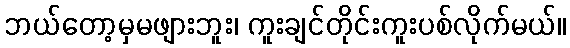
ဘယ်တော့မှမဖျားဘူး၊ ကူးချင်တိုင်းကူးပစ်လိုက်မယ်။